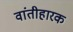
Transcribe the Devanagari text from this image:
वांतीहारक